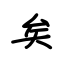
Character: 矣